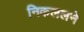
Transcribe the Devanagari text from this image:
निकललने